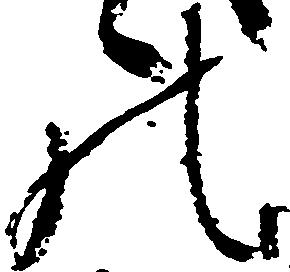
の